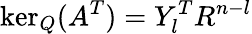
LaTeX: \ker_{Q}(A^{T})=Y_{l}^{T}R^{n-l}